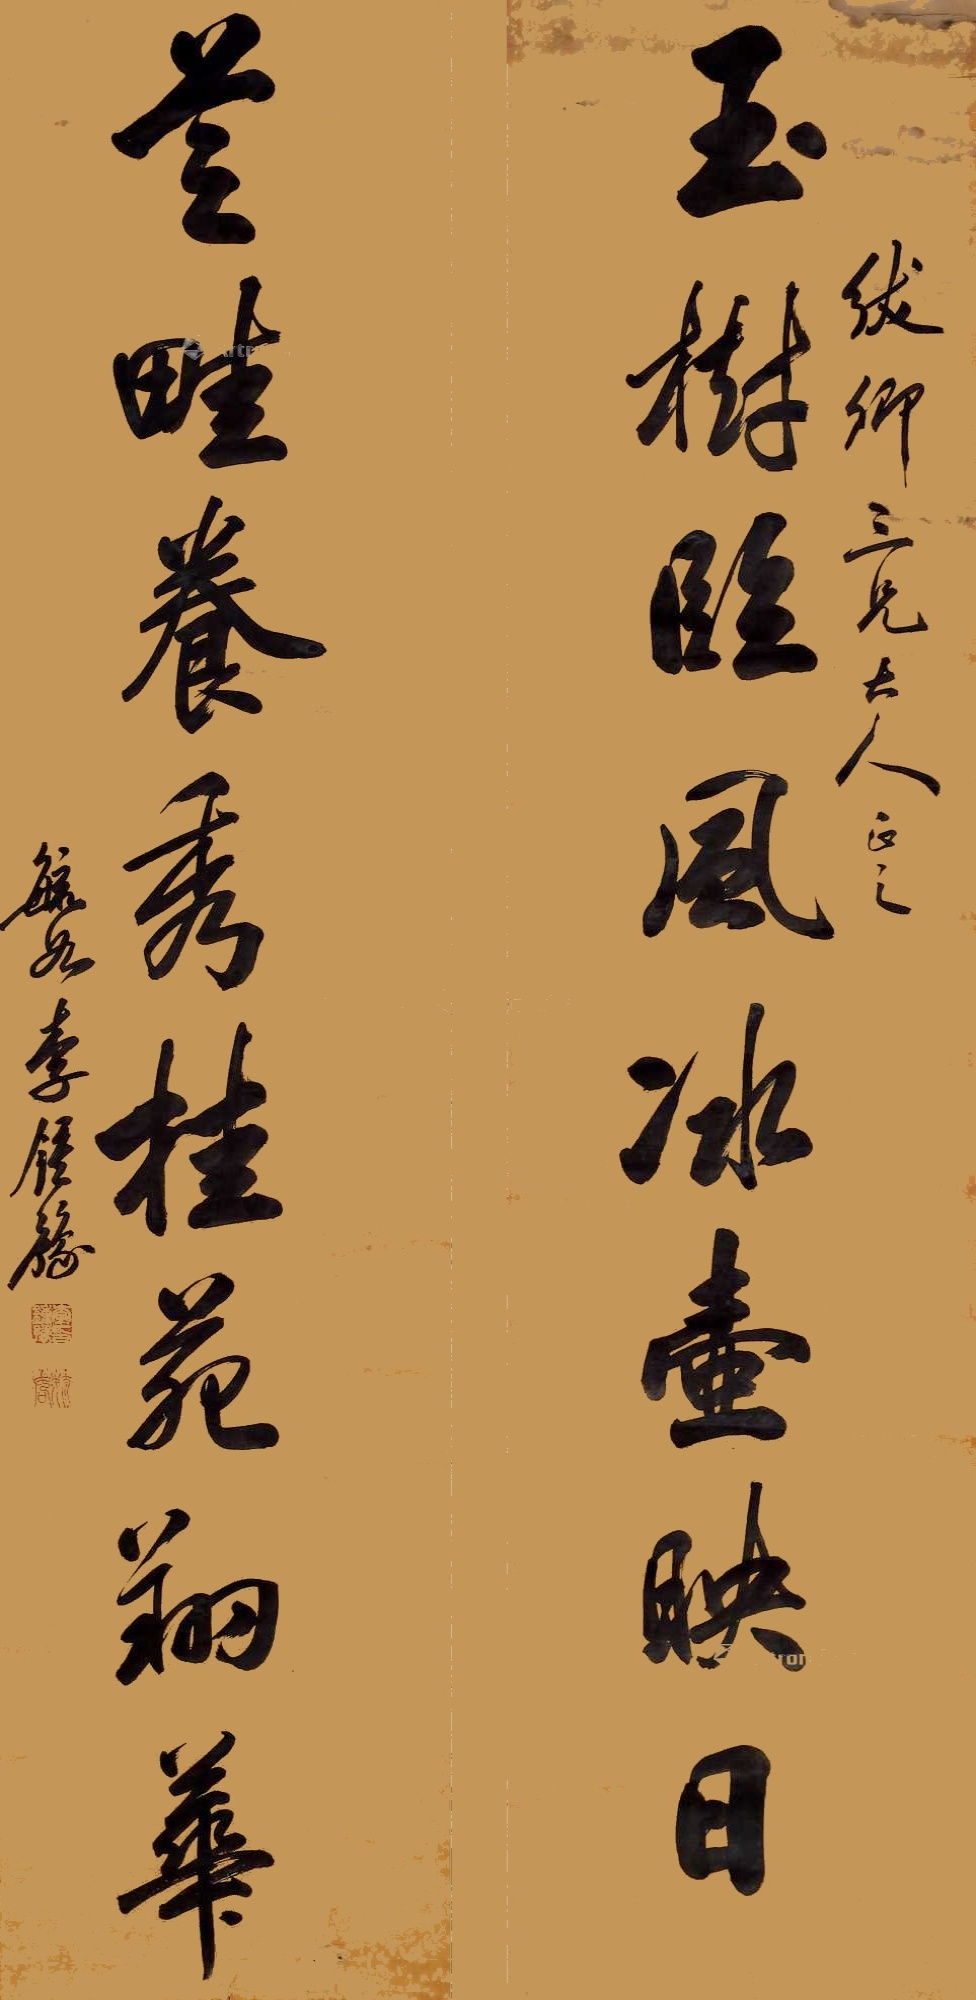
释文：玉树临风冰壶映日,芝畦养秀桂苑翔华。绂卿三兄大人正之，毓如李钟豫。